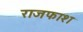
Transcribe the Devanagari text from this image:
राजफाश